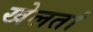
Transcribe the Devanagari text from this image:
खेलतां